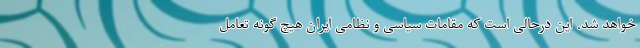
خواهد شد. این درحالی است که مقامات سیاسی و نظامی ایران هیچ گونه تعامل